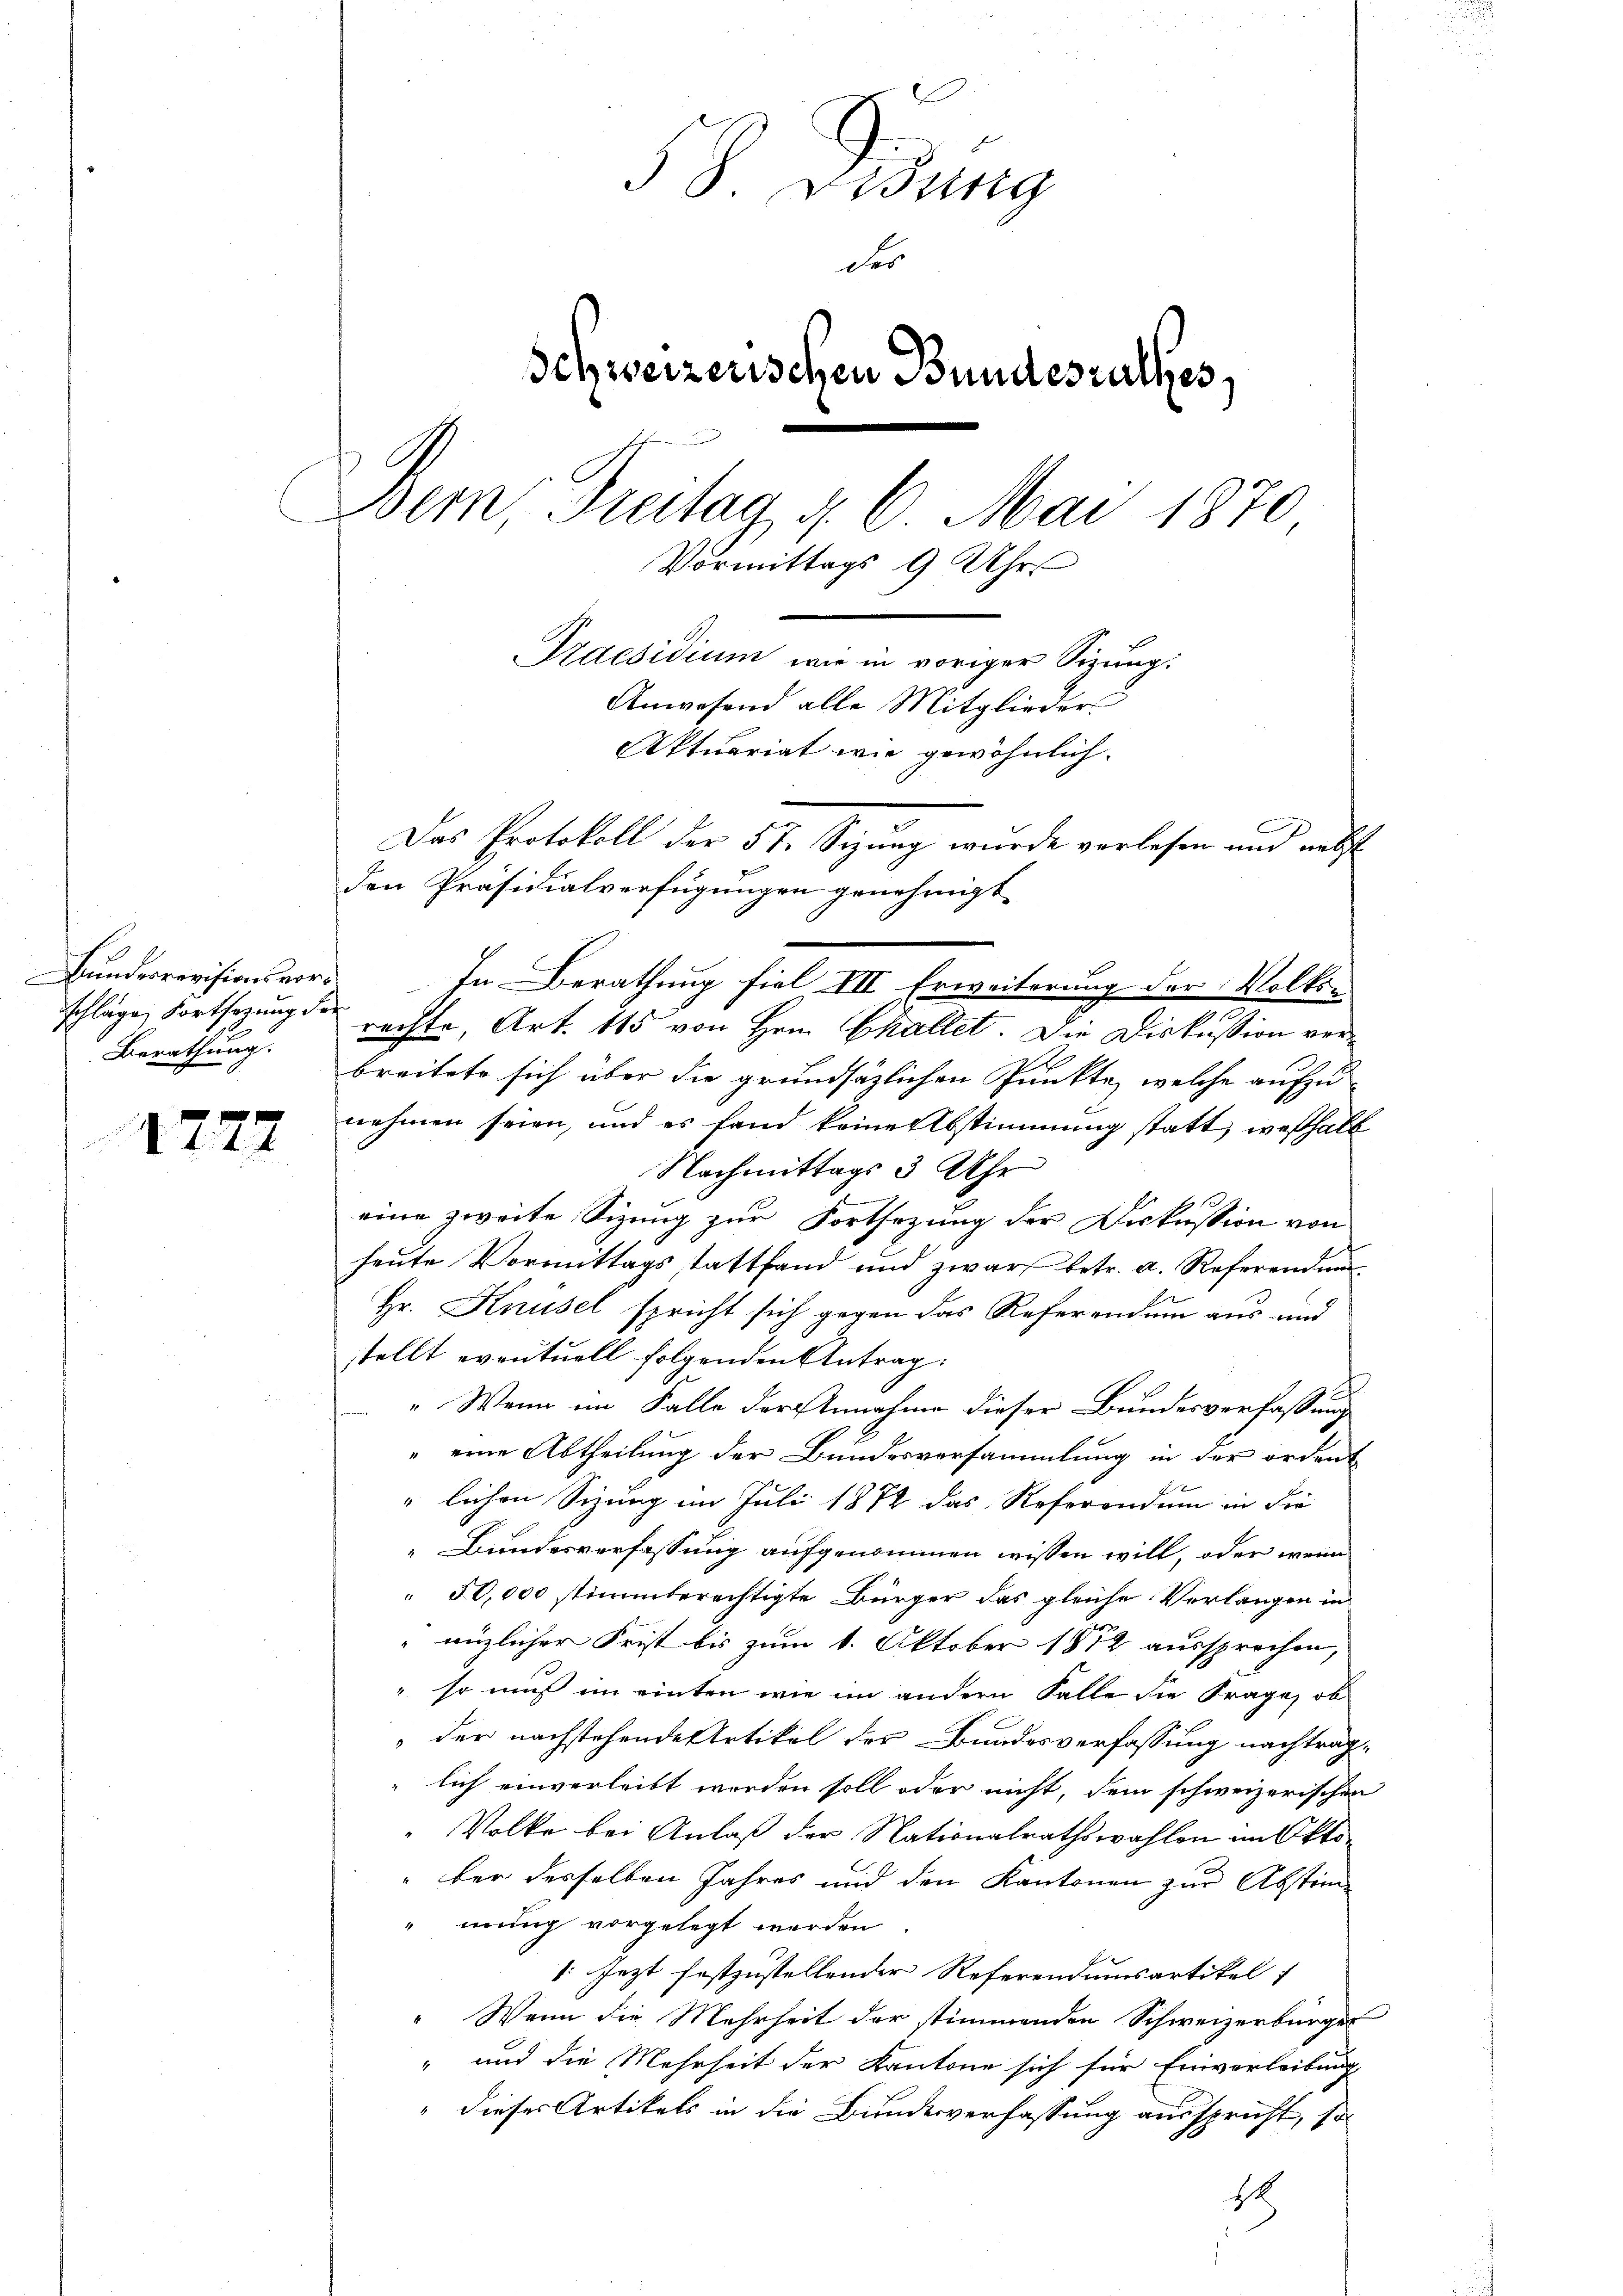
1272

5 S. Visung
des
Schweizerischen Bundeszalles
Dem Treitag d. 6. Mai 1870
Vormittags 9 Uhr
Praesidium wie in voriger Sizung:
Anwesend alle Mitglieders
Aktuariat wie gewöhnlich.
Das Protokoll der 57. Sizang wurde verlesen und nebst
den Präsidialverfügungen genehmigt.

Bundesrevisionsvorschläge, Fortsetzung der
Berathung.

In Berathung fiel VII Erweiterung der Volksrechte, Art. 115 von Hrn. Challet. Die Diskussion verbreitete sich über die grundsätzlichen Punkte, welche aufzunehmen seien, und es fand keine Abstimmung statt, weßhalb
Nachmittags 3 Uhr
eine zweite Sizung zur Fortsezung der Diskussion von
heute Vormittags stattfand und zwar betr. a. Referendun
Hr. Knüsel spricht sich gegen das Referendum aus und
stellt eventuell folgenden Antrag:
„Wenn im Falle der Annahme dieser Bundesverfassung
" eine Abtheilung der Bundesversammlung in der ordent
"lichen Sizung im Juli 1872 das Referondum in die
Bundesverfassung aufgenommen wissen will, oder wenn
50,000 stimmberechtigte Bürger das gleiche Verlangen in
änzlicher Frist bis zum 1. Oktober 1872 aussprechen,
so muß im einten wie im andern Falle die Frage, ob
der nachstehende Artikel der Bundesverfassung nachtraglich einverleibt werden soll oder nicht, dem schweizerischen
Volke bei Anlaß der Nationalrathswahlen im Oktober derselben Jahres und den Kantonen zur Abstim¬
"nung vorgelegt werden
1. Jezt festzustellender Referendumsartikel 1
" Wenn die Mehrheit der stimmenden Schweizerbürger
" und die Mehrheit der Kantone sich für Einverleibung
" dieses Artikels in die Bundesverfassung ausspricht, so
18